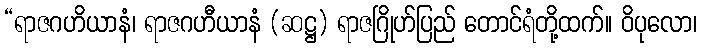
“ရာဇဂဟိယာနံ၊ ရာဇဂဟီယာနံ (ဆဋ္ဌ) ရာဇဂြိုဟ်ပြည် တောင်ရံတို့ထက်။ ဝိပုလော၊